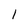
Character: I